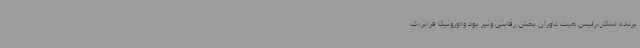
برنده اسکار،رئیس هیت داوران بخش رقابتی ونیز بود و«ورونیکا فرانز»ک